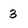
Character: 3